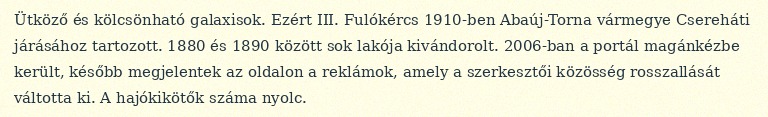
Ütköző és kölcsönható galaxisok. Ezért III. Fulókércs 1910-ben Abaúj-Torna vármegye Csereháti járásához tartozott. 1880 és 1890 között sok lakója kivándorolt. 2006-ban a portál magánkézbe került, később megjelentek az oldalon a reklámok, amely a szerkesztői közösség rosszallását váltotta ki. A hajókikötők száma nyolc.